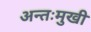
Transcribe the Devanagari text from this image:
अन्तःमुखी